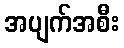
အပျက်အစီး